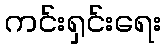
ကင်းရှင်းရေး